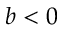
b < 0